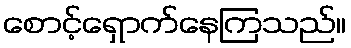
စောင့်ရှောက်နေကြသည်။